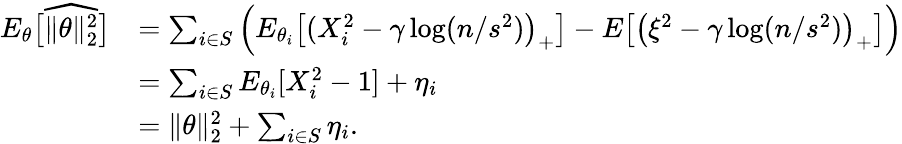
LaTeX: \begin{array}{rl}{E_{\theta}\big[\widehat{\| \theta\| _{2}^{2}}\big]}&{=\sum_{i\in S}\Big(E_{\theta_{i}}\big[(X_{i}^{2}-\gamma\log(n/s^{2})\big)_{+}\big]-E\big[\big(\xi^{2}-\gamma\log(n/s^{2})\big)_{+}\big]\Big)}\\ &{=\sum_{i\in S}E_{\theta_{i}}[X_{i}^{2}-1]+\eta_{i}}\\ &{=\| \theta\| _{2}^{2}+\sum_{i\in S}\eta_{i}.}\end{array}